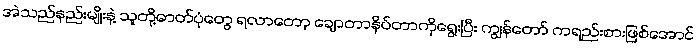
အဲသည်နည်းမျိုးနဲ့ သူတို့ဓာတ်ပုံတွေ ရလာတော့ ချောတာနိပ်တာကိုရွေးပြီး ကျွန်တော် ကရည်းစားဖြစ်အောင်